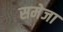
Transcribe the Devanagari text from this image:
समेजा